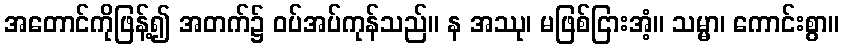
အတောင်ကိုဖြန့်၍ အတက်၌ ဝပ်အပ်ကုန်သည်။ န အဿု၊ မဖြစ်ငြားအံ့။ သမ္မာ၊ ကောင်းစွာ။